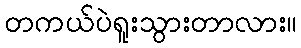
တကယ်ပဲရူးသွားတာလား။